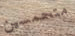
متحمسين